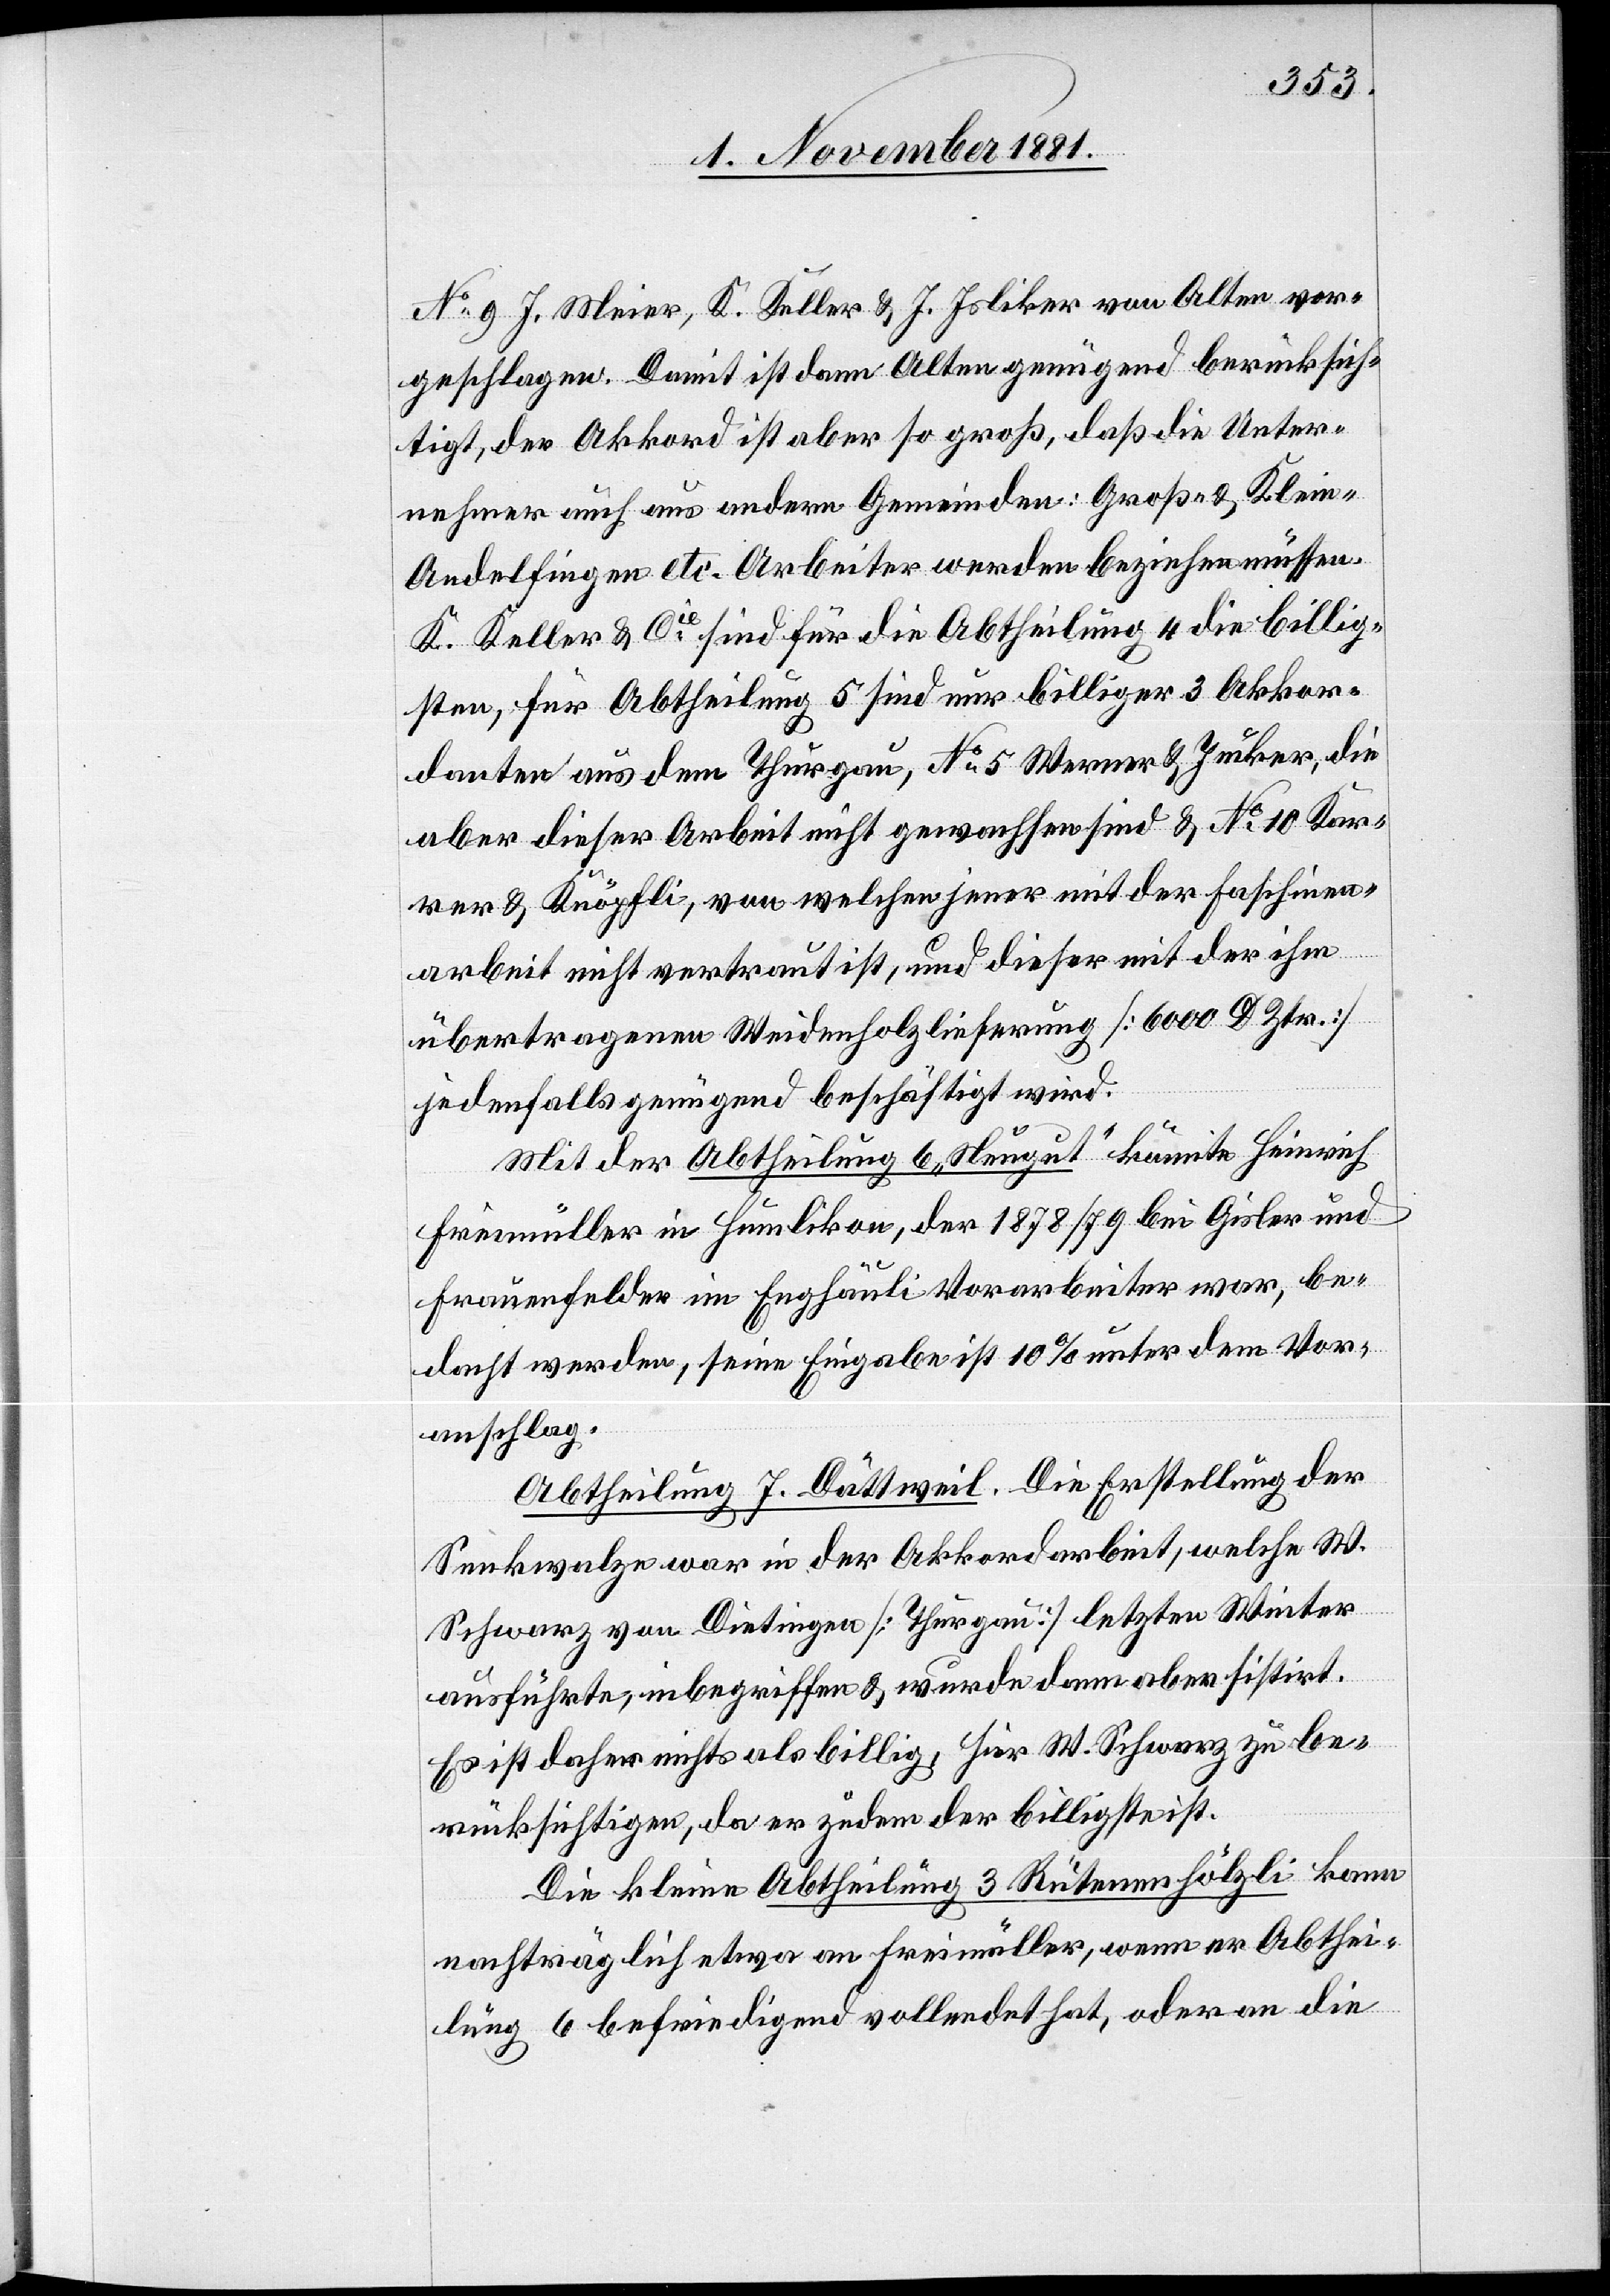
No 9 J. Meier, K. Keller & J. Isliker von Alten vor¬
geschlagen. Damit ist dann Alten genügend berücksich¬
tigt, der Akkord ist aber so groß, daß die Unter¬
nehmer auch aus andern Gemeinden: Groß- & Klein-A¬
ndelfingen etc. Arbeiter werden beziehen müssen.
K. Keller & Cie sind für die Abtheilung 4 die billig¬
sten, für Abtheilung 5 sind nur billiger 3 Akkor¬
danten aus dem Thurgau, No 5 Werner & Jucker, die
aber dieser Arbeit nicht gewachsen sind & No 10 Kar¬
rer & Knöpfli, von welchen jener mit der Faschinen¬
arbeit nicht vertraut ist, und dieser mit der ihm
übertragenen Weidenholzlieferung [6000 D Ztr.]
jedenfalls genügend beschäftigt wird.
Mit der Abtheilung 6 „Neugut“ könnte Heinrich
Freimüller in Humlikon, der 1878/79 bei Gisler und
Frauenfelder im Enghäuli Vorarbeiter war, be¬
dacht werden, seine Eingabe ist 10% unter dem Vor¬
anschlag.
Abtheilung 7. Dättweil. Die Erstellung der
Senkwalzen war in der Akkordarbeit, welche W.
Schwarz von Dietingen [Thurgau] letzten Winter
ausführte, inbegriffen & wurde dann aber sistirt.
Es ist daher nichts als billig, hier W. Schwarz zu be¬
rücksichtigen, da er zudem der billigste ist.
Die kleine Abtheilung 3 Rütenenhölzli kann
nachträglich etwa an Freimüller, wenn er Abthei¬
lung 6 befriedigend vollendet hat, oder an die